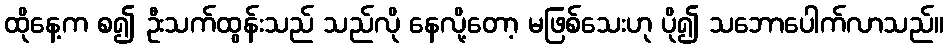
ထိုနေ့က စ၍ ဦးသက်ထွန်းသည် သည်လို နေလို့တော့ မဖြစ်သေးဟု ပို၍ သဘောပေါက်လာသည်။